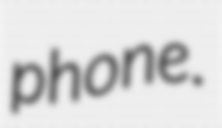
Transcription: phone.